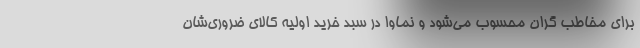
برای مخاطب گران محسوب می‌شود و نماوا در سبد خرید اولیه کالای ضروری‌شان